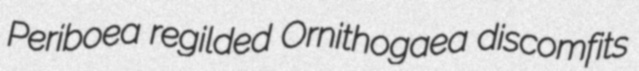
Periboea regilded Ornithogaea discomfits